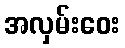
အလှမ်းဝေး